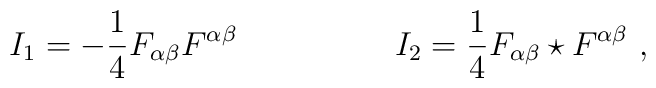
I_1 = - \frac{1}{4}F_{{\alpha}{\beta}}F^{{\alpha}{\beta}} \hspace{2cm} I_2 = \frac{1}{4}F_{{\alpha}{\beta}}\star F^{{\alpha}{\beta}} \ ,